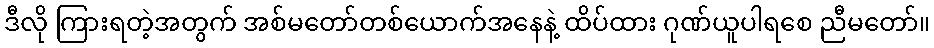
ဒီလို ကြားရတဲ့အတွက် အစ်မတော်တစ်ယောက်အနေနဲ့ ထိပ်ထား ဂုဏ်ယူပါရစေ ညီမတော်။